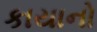
કાયાનો